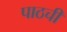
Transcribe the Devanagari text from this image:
पाठची